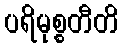
ပရိမုစ္စတီတိ